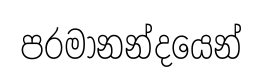
පරමානන්දයෙන්